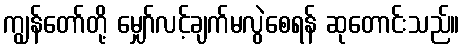
ကျွန်တော်တို့ မျှော်လင့်ချက်မလွဲစေရန် ဆုတောင်းသည်။